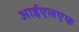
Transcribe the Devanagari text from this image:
आईएलएफ